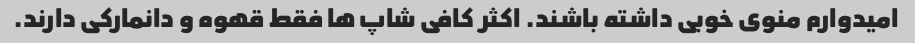
امیدوارم منوی خوبی داشته باشند. اکثر کافی شاپ ها فقط قهوه و دانمارکی دارند.